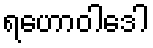
ရဟောဝါဒေါ